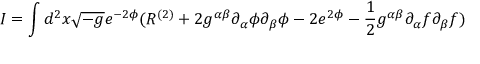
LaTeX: I = \int d ^ { 2 } x \sqrt { - g } e ^ { - 2 \phi } ( R ^ { ( 2 ) } + 2 g ^ { \alpha \beta } \partial _ { \alpha } \phi \partial _ { \beta } \phi - 2 e ^ { 2 \phi } - \frac { 1 } { 2 } g ^ { \alpha \beta } \partial _ { \alpha } f \partial _ { \beta } f )